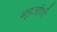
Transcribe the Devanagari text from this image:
बहुउद्देशी